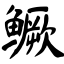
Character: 鳜